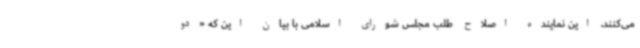
می‌کنند. این نماینده اصلاح طلب مجلس شورای اسلامی با بیان این که «دو